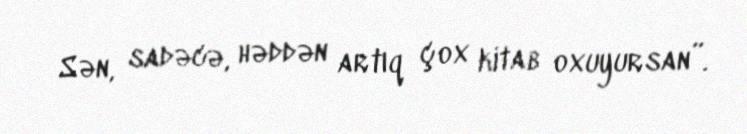
Sən, sadəcə, həddən artıq çox kitab oxuyursan”.